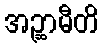
အဉ္ဆာမီတိ